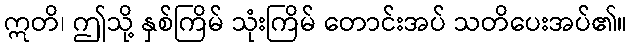
ဣတိ၊ ဤသို့ နှစ်ကြိမ် သုံးကြိမ် တောင်းအပ် သတိပေးအပ်၏။